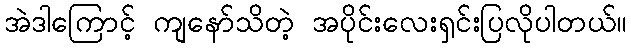
အဲဒါကြောင့် ကျနော်သိတဲ့ အပိုင်းလေးရှင်းပြလိုပါတယ်။